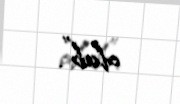
olub”.